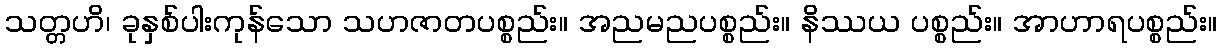
သတ္တဟိ၊ ခုနှစ်ပါးကုန်သော သဟဇာတပစ္စည်း။ အညမညပစ္စည်း။ နိဿယ ပစ္စည်း။ အာဟာရပစ္စည်း။